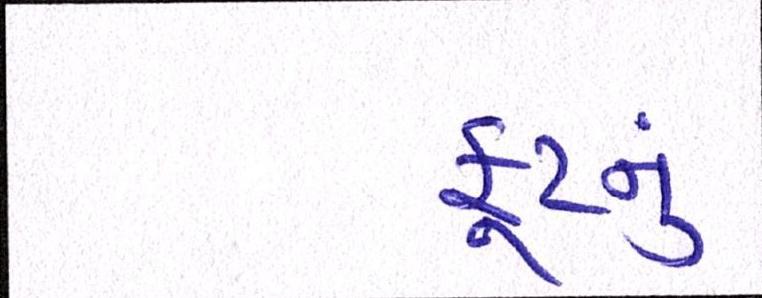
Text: ફૂટનું